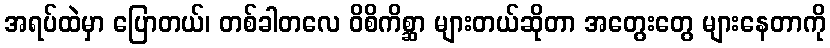
အရပ်ထဲမှာ ပြောတယ်၊ တစ်ခါတလေ ဝိစိကိစ္ဆာ များတယ်ဆိုတာ အတွေးတွေ များနေတာကို